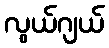
လွယ်ဂျယ်